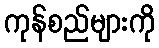
ကုန်စည်များကို